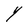
Character: Y